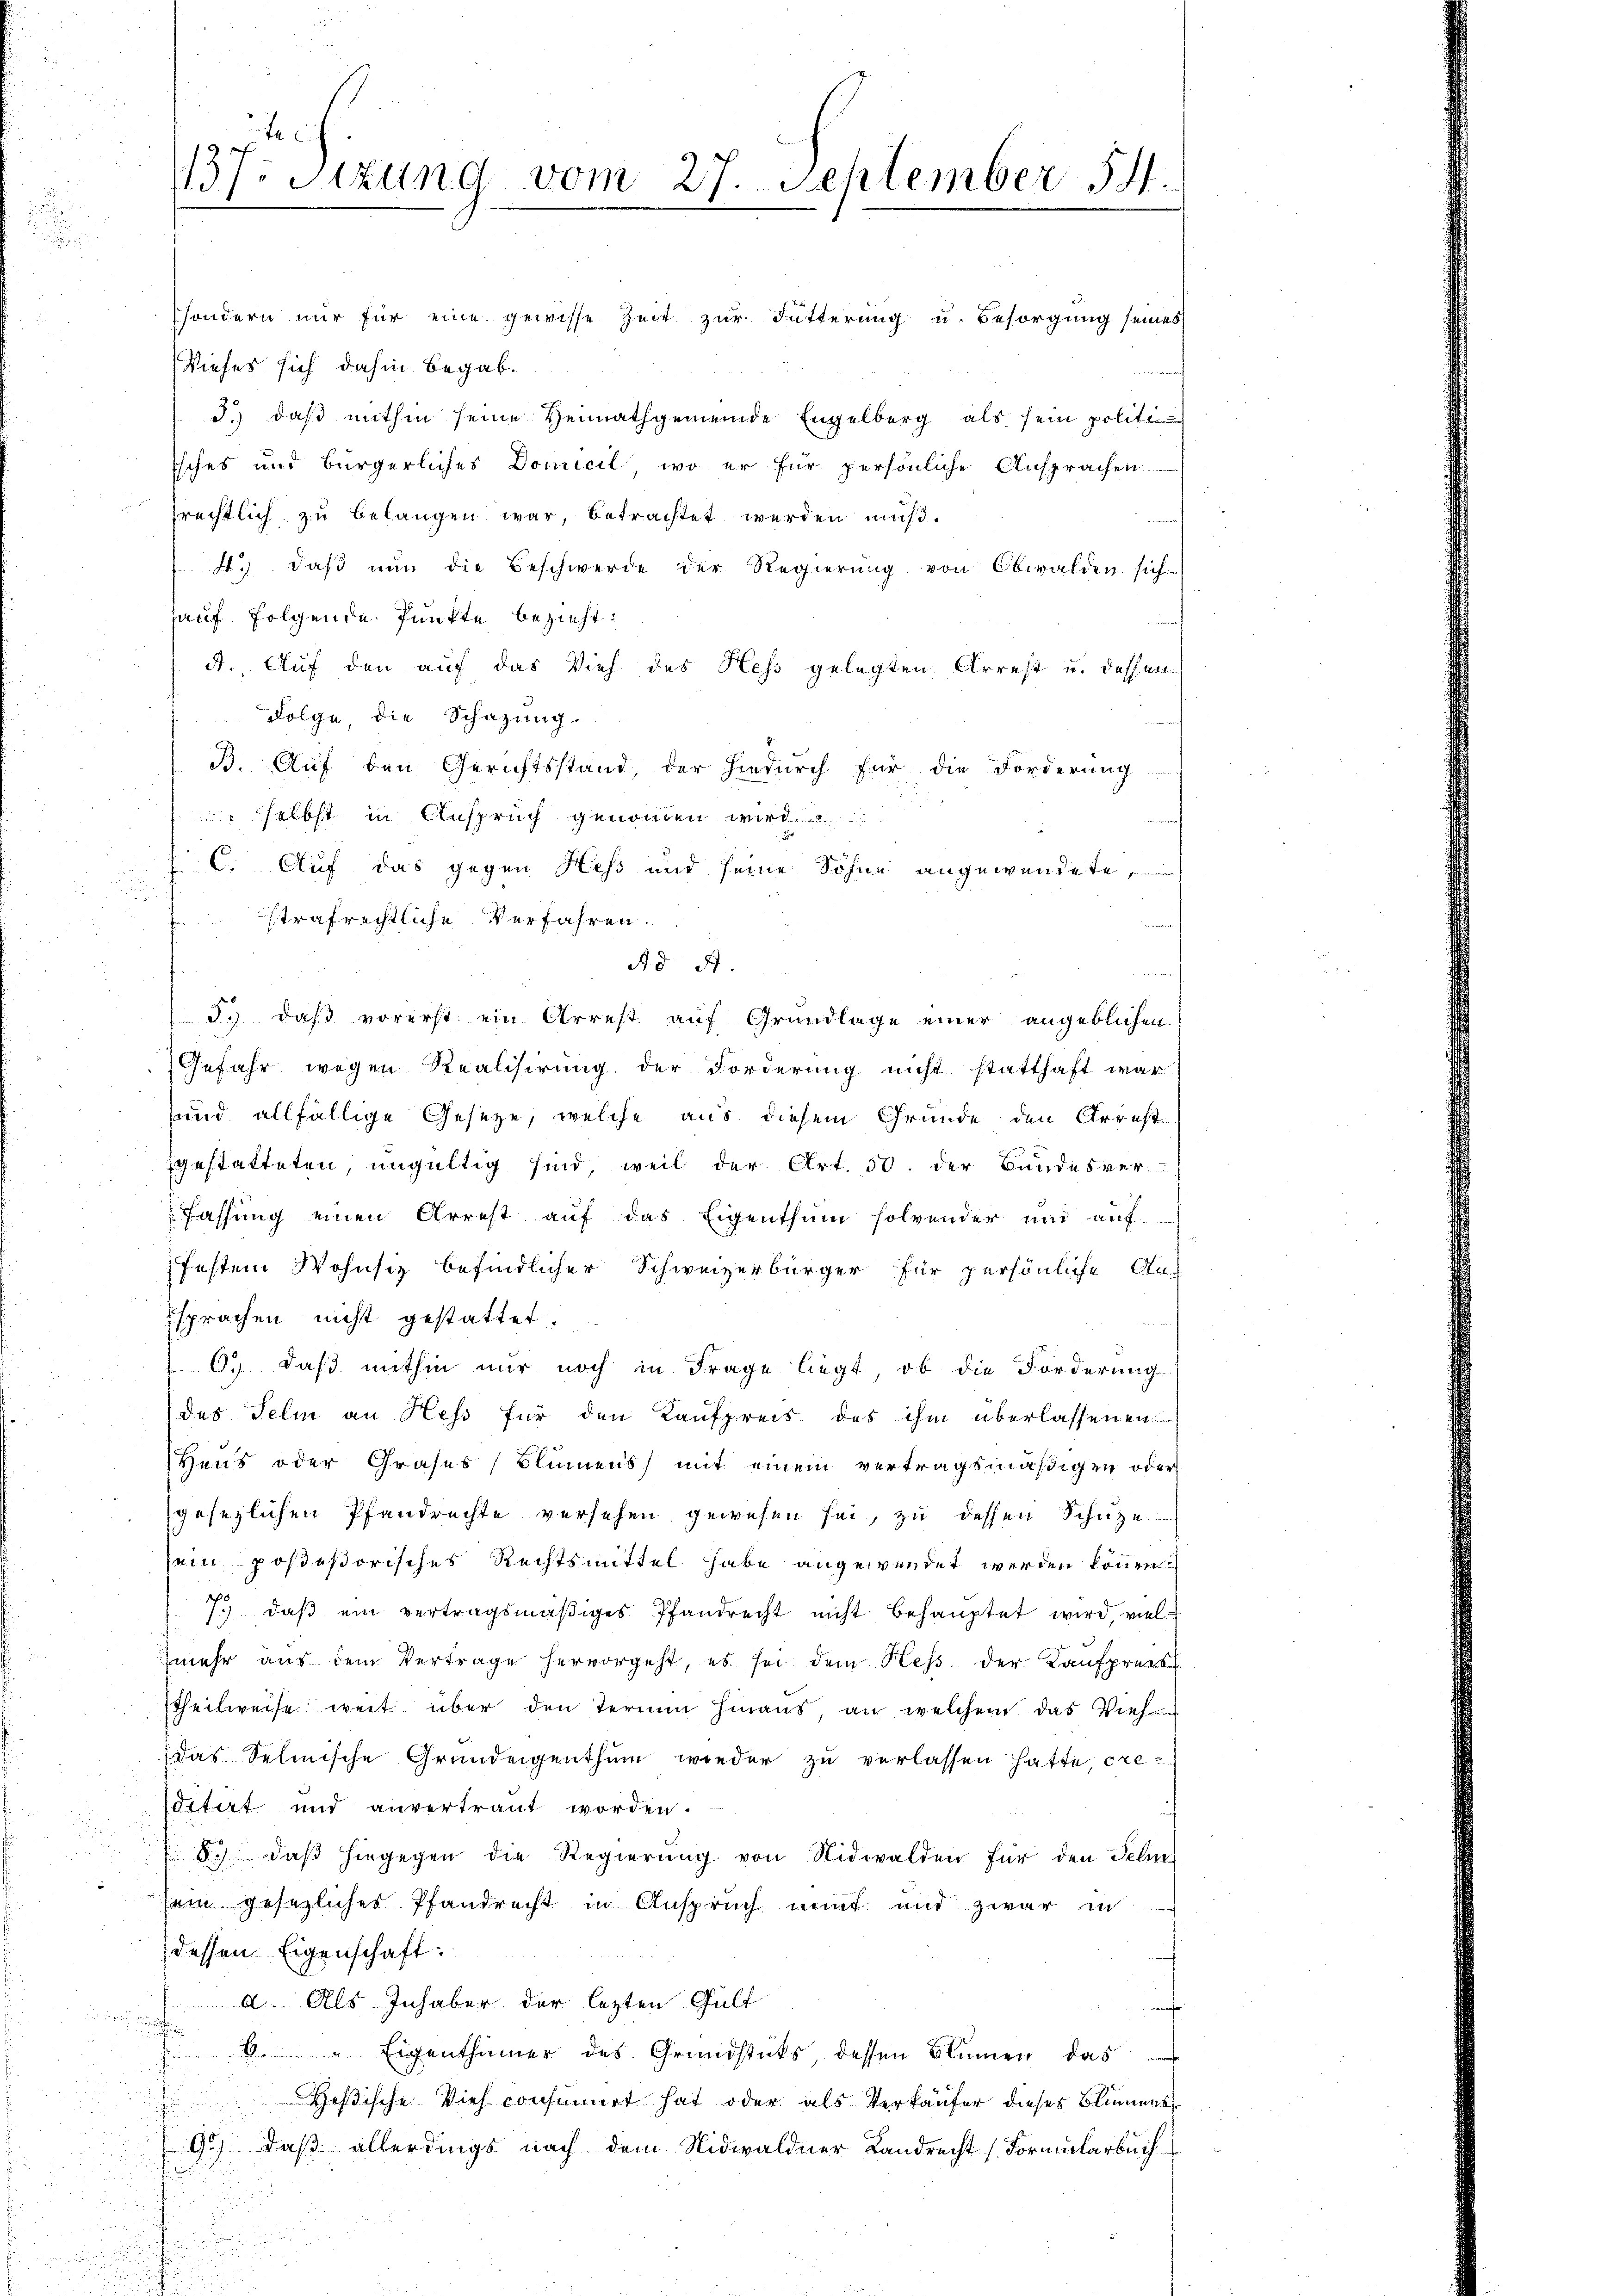
.

C. Auf das gegen Hess und seine Söhne angewendete,
strafrechtliche Verfahren.
Ad 5.
d.) daß vorerst ein Arrest auf Grundlage einer angeblichen.
Gefahr wegen Realisirung der Forderung nicht statthaft war
sund allfällige Gesetze, welche aus diesem Grunde den Arrest
gestatteten, ungültig sind, weil der Art. 50. der Bundesver-
Fassung einen Arrest auf das Eigenthum solvender und auf
festem Wohnsiz befindlicher Schweizerbürger für persönliche An-
sprachen nicht gestattet.
0.) Daß mithin nur noch in Frage liegt, ob die Forderung
des Telm an Hess für den Kaufpreis des ihm überlassenen
Heus oder Grafes (Blumens mit einem vertragsmäßigen oder
gesezlichen Pfandrechte versehen gewesen sei, zu dessen Schüze
sein posießorisches Rechtsmittel habe angewendet werden können.
p
. 1. daβ ein vertragsmäßiges Pfandrecht nicht behauptet wird, vielzmehr aŭs dem Vertrage hervorgeht, es sei dem Hess der Kaŭfpraes
Etheilweise weit über den Termin hinaus, an welchem das Vieh
(das Selinische Grundeigenthum wieder zu verlassen hatte, cre¬
Fitirt und anvertraut worden.
8) daß hingegen die Regierŭng von Nidwalden für den Feli
sein gesezliches Pfandrecht in Anspruch mit und zwar in
dessen Eigenschaft:
d. Als Inhaber der lezten Gült

¬
6. " Eigenthümer des Grundstücks, dessen Blumen das
Heßische Vieh consumirt hat oder als Verkäufer dieses Blumens
f
9.) Daß allerdings nach dem Nidwaldner Landrecht (Formularbuch

137. Sitzung vom 27. September 54.

sondern nur für eine gewisse Zeit zur Fütterung u. Besorgung seines
Viehes sich dahin begab.
3.) daß mithin seine Heimathgemeinde Engelberg als sein polit
Esches und bürgerliches Domicil, wo er für persönliche Ansprachen
srechtlich zu belangen war, betrachtet werden muß.
4.) daß nun die Beschwerde der Regierung von Obwalden sich
auf folgende Punkte bezieht:
A. Auf den auf das Vieh des Hess gelegten Arrest u. dessen
Folge, die Schazung.
B. Auf den Gerichtsstand, der hiedurch für die Forderung
selbst in Anspruch genommen wird